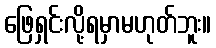
ဖြေရှင်းလို့ရမှာမဟုတ်ဘူး။